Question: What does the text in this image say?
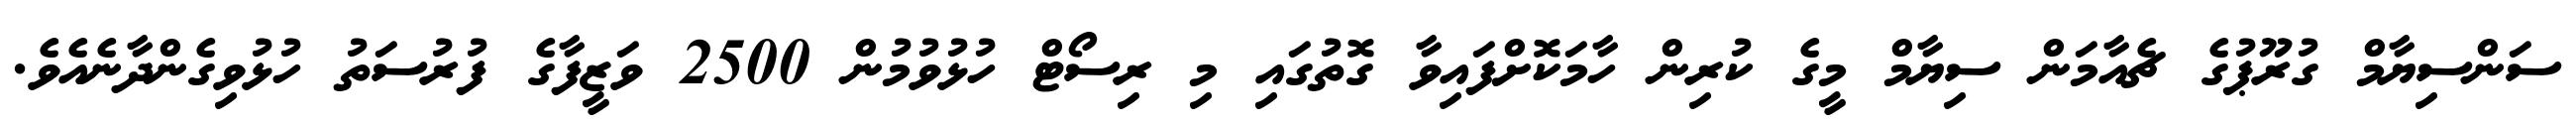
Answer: ސަންސިޔާމް ގުރޫޕުގެ ޗެއާމަން ސިޔާމް މީގެ ކުރިން ހާމަކޮށްފައިވާ ގޮތުގައި މި ރިސޯޓް ހުޅުވުމުން 2500 ވަޒީފާގެ ފުރުސަތު ހުޅުވިގެންދާނެއެވެ.